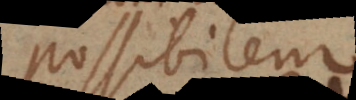
possibilia,